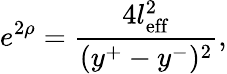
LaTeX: e^{2\rho}=\frac{4l_{\mathrm{eff}}^{2}}{(y^{+}-y^{-})^{2}},